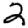
Digit: 2